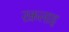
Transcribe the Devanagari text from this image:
रक्तलाइ